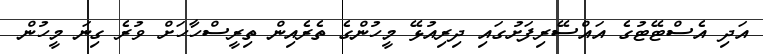
އަދި އެސްޓޭޓުގެ އައްސޭރިފަށުގައި ދިރިއުޅޭ މީހުންގެ ތެރެއިން ތިރީސްހާހަށް ވުރެ ގިނަ މީހުން